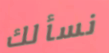
نسألك